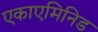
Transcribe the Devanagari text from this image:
एकाएमिनिड